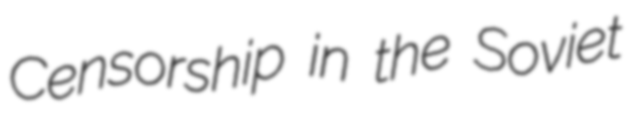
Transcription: Censorship in the Soviet